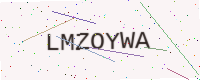
Text: LMZOYWA